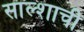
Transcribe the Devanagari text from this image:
साल्शाची